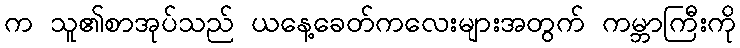
က သူ၏စာအုပ်သည် ယနေ့ခေတ်ကလေးများအတွက် ကမ္ဘာကြီးကို